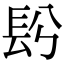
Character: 䦇